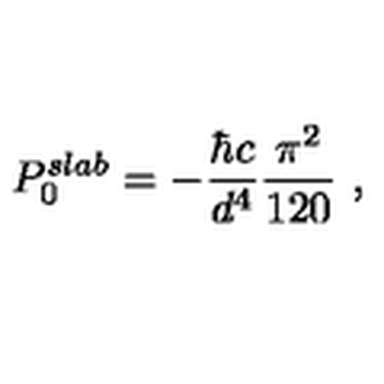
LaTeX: P _ { 0 } ^ { s l a b } = - \frac { \hbar c } { d ^ { 4 } } \frac { \pi ^ { 2 } } { 1 2 0 } \ ,